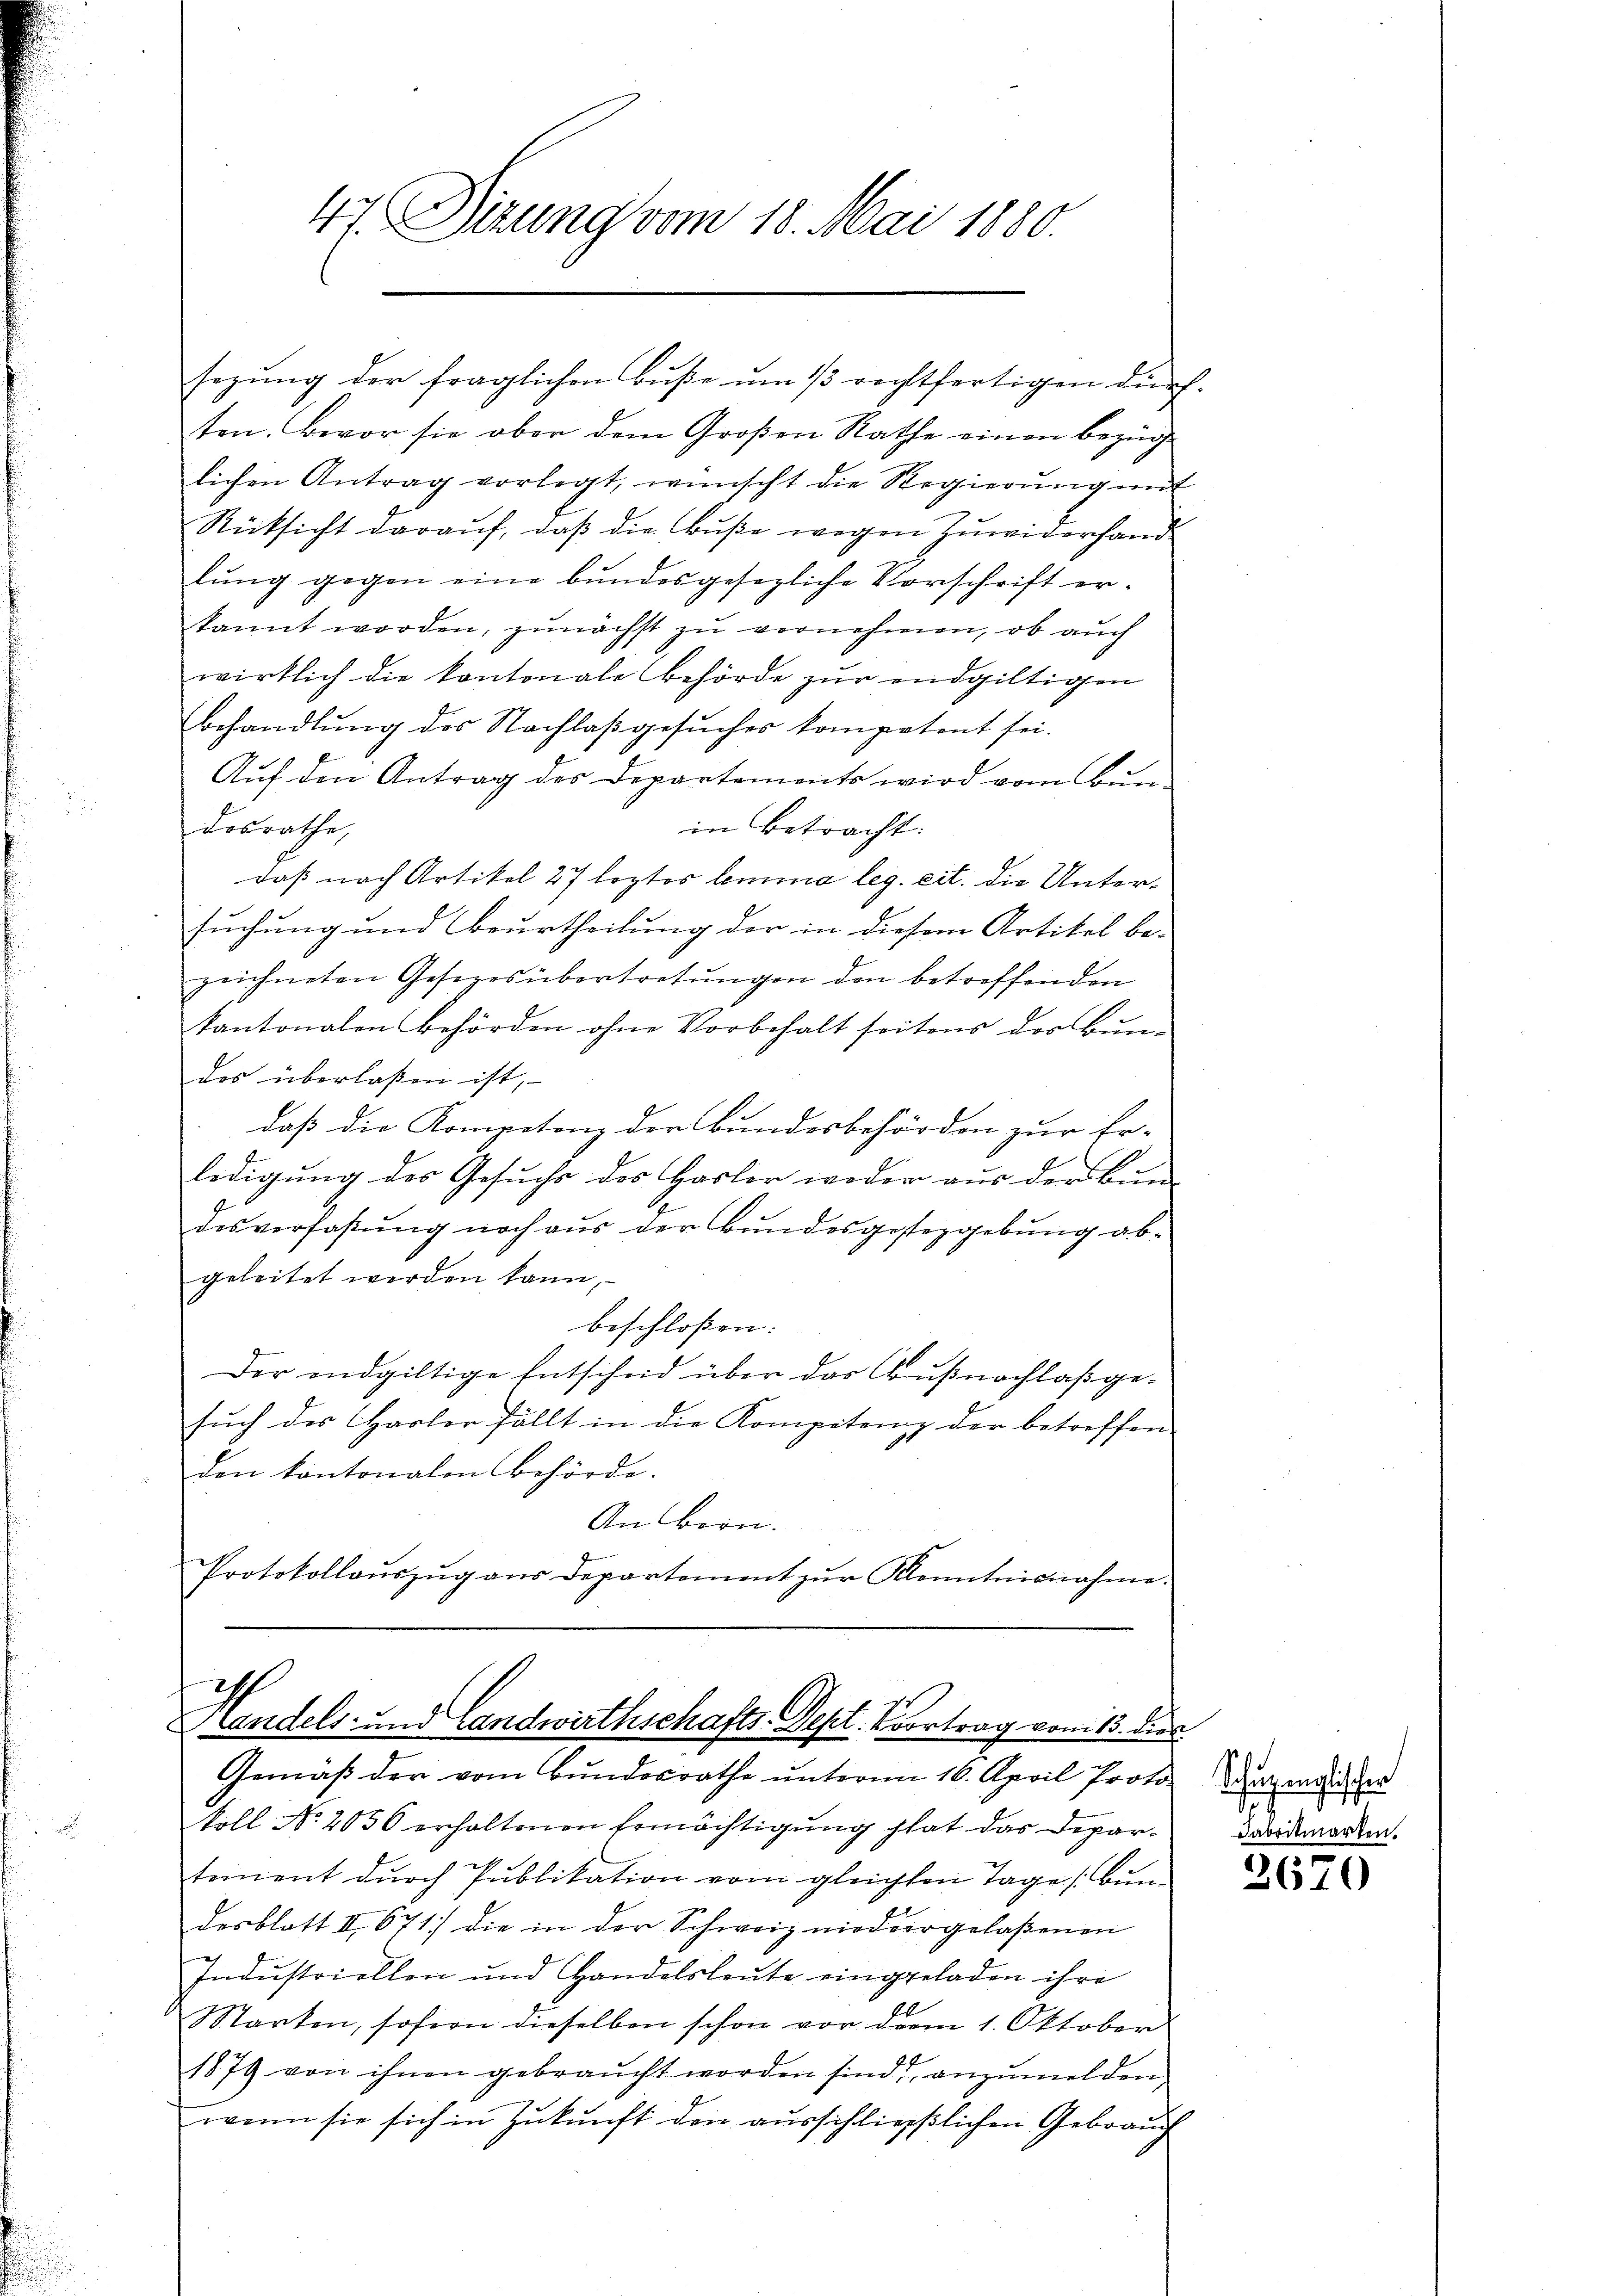
ten. Bevor sie ober dem Großen Rathe einen bezüglichen Antrag vorlegt, wünscht die Regierŭng mit
Rücksicht darauf, daß die Buße wegen Zuwiderhandlung gegen eine bundesgesezliche Vorschrift erkannt worden, zunächst zu vernehmen, ob auch
wirklich die kantonale Behörde zur endgültigen
behandlung des Nachlaßgesŭcher kompetent sei.
Aŭf den Antrag der Departements wird vom Bun-
desrathe,
in betracht.
daß nach Artikel 27 leztes lemma leg. eit. die Untersuchung und Beurtheilung der in diesem Artikel be-
zeichneten Gesezesübertretungen den betreffenden
kantonalen behörden ohne Vorbehalt seitens des Bundes überlassen ist,
daß die Kompetenz der Bundesbehörden zur Er-
ledigung des Gesuchs des Hasler weder aus der Bun-
desverfaßung noch aus der Bundesgestergebung abgeleitet werden kann,
beschloßen:
Der endgültige Entscheid über das Ausnachlaß ge-
such des Hasler fällt in die Kompetenz der betreffen
den kantonalen Behörde.
An Bern.
Protokollonszŭg ans Departement zŭr Kenntnisnahme.

47 Dizung vom 18. Mai 1880.

sezung der fraglichen Buße um 13 rechtfertigen durch¬

Handels- und Landwirthschafts-Dept. Vortrag vom 13. dies
Gemäβ der vom Bŭndesrathe ŭnterm 16. April Proto-

koll No 2036 erhaltenen Ermächtigung hat das Departeinent dŭrch Publikation vom gleichten Tage (Bundesblatt II 671) die in der Schweiz niedergelaßenen
Industriellen und Handelsleute eingeladen ihre
Marten, sofern dieselben schon vor dem 1. Oktober
1879 von ihnen gebraŭcht worden sind, anzŭmelden
wenn sie sich in Zukunft den ausschließlichen Gebrauch

Schupenglischen

2670